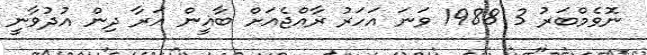
ނޮވެމްބަރު 3 1988 ވަނަ އަހަރު ރާއްޖެއަށް ބާޣީން އަރާ ދިން އުދުވާނީ